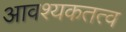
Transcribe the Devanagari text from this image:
आवश्यकतत्व